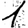
Digit: 1